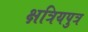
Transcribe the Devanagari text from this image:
क्षत्रियपुत्र